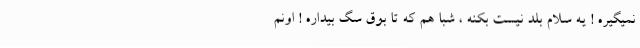
نميگيره ! يه سلام بلد نيست بكنه ، شبا هم كه تا بوق سَگ بيداره ! اونم